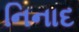
નિનાદ